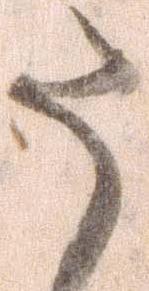
た